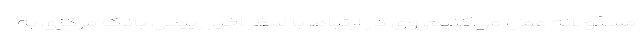
مسئولانه عمل می‌کنیم. وی در ارتباط با سفر اخیر رییس بانک مرکزی به